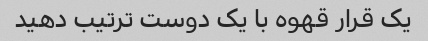
یک قرار قهوه با یک دوست ترتیب دهید